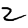
Digit: 2